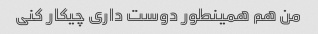
من هم همینطور دوست داری چیکار کنی